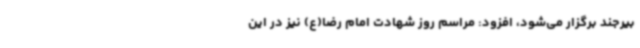
بیرجند برگزار می‌شود، افزود: مراسم روز شهادت امام رضا(ع) نیز در این